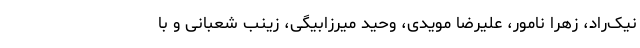
نیک‌راد، زهرا نامور، علیرضا مویدی، وحید میرزابیگی، زینب شعبانی و با